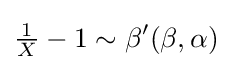
{\tfrac {1}{X}}-1\sim {\beta '}(\beta ,\alpha )